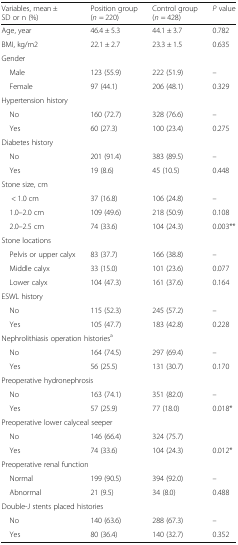
<table><thead><tr><td><b>Variables, mean ± SD or n (%)</b></td><td><b>Position group (<i>n</i> = 220)</b></td><td><b>Control group (<i>n</i> = 428)</b></td><td><b><i>P</i> value</b></td></tr></thead><tbody><tr><td>Age, year</td><td>46.4 ± 5.3</td><td>44.1 ± 3.7</td><td>0.782</td></tr><tr><td>BMI, kg/m2</td><td>22.1 ± 2.7</td><td>23.3 ± 1.5</td><td>0.635</td></tr><tr><td colspan="4">Gender</td></tr><tr><td> Male</td><td>123 (55.9)</td><td>222 (51.9)</td><td>–</td></tr><tr><td> Female</td><td>97 (44.1)</td><td>206 (48.1)</td><td>0.329</td></tr><tr><td colspan="4">Hypertension history</td></tr><tr><td> No</td><td>160 (72.7)</td><td>328 (76.6)</td><td>–</td></tr><tr><td> Yes</td><td>60 (27.3)</td><td>100 (23.4)</td><td>0.275</td></tr><tr><td colspan="4">Diabetes history</td></tr><tr><td> No</td><td>201 (91.4)</td><td>383 (89.5)</td><td>–</td></tr><tr><td> Yes</td><td>19 (8.6)</td><td>45 (10.5)</td><td>0.448</td></tr><tr><td colspan="4">Stone size, cm</td></tr><tr><td>&lt; 1.0 cm</td><td>37 (16.8)</td><td>106 (24.8)</td><td>–</td></tr><tr><td> 1.0–2.0 cm</td><td>109 (49.6)</td><td>218 (50.9)</td><td>0.108</td></tr><tr><td> 2.0–2.5 cm</td><td>74 (33.6)</td><td>104 (24.3)</td><td>0.003**</td></tr><tr><td colspan="4">Stone locations</td></tr><tr><td> Pelvis or upper calyx</td><td>83 (37.7)</td><td>166 (38.8)</td><td>–</td></tr><tr><td> Middle calyx</td><td>33 (15.0)</td><td>101 (23.6)</td><td>0.077</td></tr><tr><td> Lower calyx</td><td>104 (47.3)</td><td>161 (37.6)</td><td>0.164</td></tr><tr><td colspan="4">ESWL history</td></tr><tr><td> No</td><td>115 (52.3)</td><td>245 (57.2)</td><td>–</td></tr><tr><td> Yes</td><td>105 (47.7)</td><td>183 (42.8)</td><td>0.228</td></tr><tr><td colspan="4">Nephrolithiasis operation histories<sup>a</sup></td></tr><tr><td> No</td><td>164 (74.5)</td><td>297 (69.4)</td><td>–</td></tr><tr><td> Yes</td><td>56 (25.5)</td><td>131 (30.7)</td><td>0.170</td></tr><tr><td colspan="4">Preoperative hydronephrosis</td></tr><tr><td> No</td><td>163 (74.1)</td><td>351 (82.0)</td><td>–</td></tr><tr><td> Yes</td><td>57 (25.9)</td><td>77 (18.0)</td><td>0.018*</td></tr><tr><td colspan="4">Preoperative lower calyceal seeper</td></tr><tr><td> No</td><td>146 (66.4)</td><td>324 (75.7)</td><td></td></tr><tr><td> Yes</td><td>74 (33.6)</td><td>104 (24.3)</td><td>0.012*</td></tr><tr><td colspan="4">Preoperative renal function</td></tr><tr><td> Normal</td><td>199 (90.5)</td><td>394 (92.0)</td><td>–</td></tr><tr><td> Abnormal</td><td>21 (9.5)</td><td>34 (8.0)</td><td>0.488</td></tr><tr><td colspan="4">Double-J stents placed histories</td></tr><tr><td> No</td><td>140 (63.6)</td><td>288 (67.3)</td><td>–</td></tr><tr><td> Yes</td><td>80 (36.4)</td><td>140 (32.7)</td><td>0.352</td></tr></tbody></table>